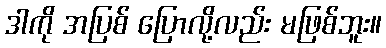
ဒါကို အပြစ် ပြောလို့လည်း မဖြစ်ဘူး။